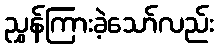
ညွှန်ကြားခဲ့သော်လည်း